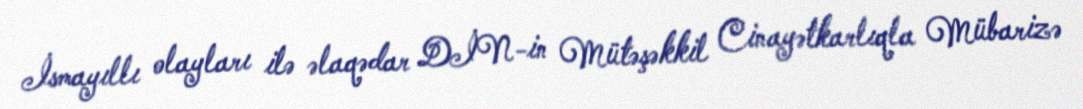
İsmayıllı olayları ilə əlaqədar DİN-in Mütəşəkkil Cinayətkarlıqla Mübarizə